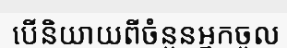
បើនិយាយពីចំនួនអ្នកចូល